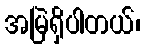
အမြဲရှိပါတယ်၊